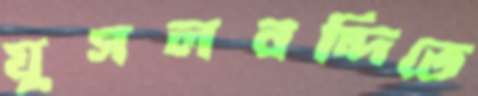
যুগলবন্দিতে